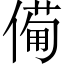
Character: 僃